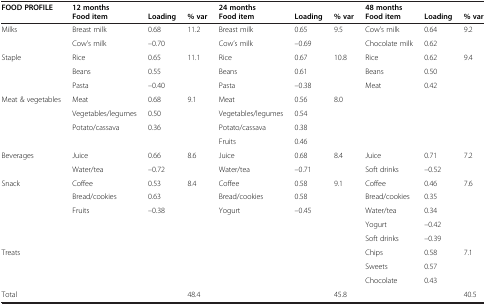
<table><thead><tr><td rowspan="2"><b>FOOD PROFILE</b></td><td><b>12 monthsFood item</b></td><td><b>Loading</b></td><td><b>% var</b></td><td><b>24 monthsFood item</b></td><td><b>Loading</b></td><td><b>% var</b></td><td><b>48 monthsFood item</b></td><td><b>Loading</b></td><td><b>% var</b></td></tr></thead><tbody><tr><td rowspan="2">Milks</td><td>Breast milk</td><td>0.68</td><td rowspan="2">11.2</td><td>Breast milk</td><td>0.65</td><td rowspan="2">9.5</td><td>Cow’s milk</td><td>0.64</td><td rowspan="2">9.2</td></tr><tr><td>Cow’s milk</td><td>–0.70</td><td>Cow’s milk</td><td>–0.69</td><td>Chocolate milk</td><td>0.62</td></tr><tr><td rowspan="3">Staple</td><td>Rice</td><td>0.65</td><td rowspan="3">11.1</td><td>Rice</td><td>0.67</td><td rowspan="3">10.8</td><td>Rice</td><td>0.62</td><td rowspan="3">9.4</td></tr><tr><td>Beans</td><td>0.55</td><td>Beans</td><td>0.61</td><td>Beans</td><td>0.50</td></tr><tr><td>Pasta</td><td>–0.40</td><td>Pasta</td><td>–0.38</td><td>Meat</td><td>0.42</td></tr><tr><td rowspan="4">Meat &amp; vegetables</td><td>Meat</td><td>0.68</td><td rowspan="4">9.1</td><td>Meat</td><td>0.56</td><td rowspan="4">8.0</td><td> </td><td> </td><td rowspan="4"> </td></tr><tr><td>Vegetables/legumes</td><td>0.50</td><td>Vegetables/legumes</td><td>0.54</td><td> </td><td> </td></tr><tr><td>Potato/cassava</td><td>0.36</td><td>Potato/cassava</td><td>0.38</td><td> </td><td> </td></tr><tr><td> </td><td> </td><td>Fruits</td><td>0.46</td><td> </td><td> </td></tr><tr><td rowspan="2">Beverages</td><td>Juice</td><td>0.66</td><td rowspan="2">8.6</td><td>Juice</td><td>0.68</td><td>8.4</td><td>Juice</td><td>0.71</td><td rowspan="2">7.2</td></tr><tr><td>Water/tea</td><td>–0.72</td><td>Water/tea</td><td>–0.71</td><td> </td><td>Soft drinks</td><td>–0.52</td></tr><tr><td rowspan="5">Snack</td><td>Coffee</td><td>0.53</td><td rowspan="5">8.4</td><td>Coffee</td><td>0.58</td><td rowspan="5">9.1</td><td>Coffee</td><td>0.46</td><td rowspan="5">7.6</td></tr><tr><td>Bread/cookies</td><td>0.63</td><td>Bread/cookies</td><td>0.58</td><td>Bread/cookies</td><td>0.35</td></tr><tr><td>Fruits</td><td>–0.38</td><td>Yogurt</td><td>–0.45</td><td>Water/tea</td><td>0.34</td></tr><tr><td> </td><td> </td><td> </td><td> </td><td>Yogurt</td><td>–0.42</td></tr><tr><td> </td><td> </td><td> </td><td> </td><td>Soft drinks</td><td>–0.39</td></tr><tr><td rowspan="3">Treats</td><td> </td><td> </td><td> </td><td> </td><td> </td><td> </td><td>Chips</td><td>0.58</td><td rowspan="3">7.1</td></tr><tr><td> </td><td> </td><td> </td><td> </td><td> </td><td> </td><td>Sweets</td><td>0.57</td></tr><tr><td> </td><td> </td><td> </td><td> </td><td> </td><td> </td><td>Chocolate</td><td>0.43</td></tr><tr><td>Total</td><td> </td><td> </td><td>48.4</td><td> </td><td> </td><td>45.8</td><td> </td><td> </td><td>40.5</td></tr></tbody></table>